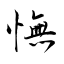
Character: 憮